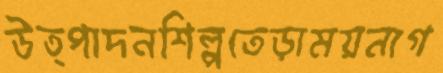
উত্পাদনশিল্পতেড়াময়নাগ